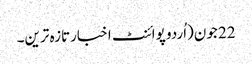
22 جون(اُردو پوائنٹ اخبارتازہ ترین۔